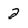
Character: 2